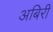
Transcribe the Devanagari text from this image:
अबिरी